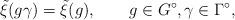
LaTeX: \begin{align*}\tilde{\xi}(g\gamma)=\tilde{\xi}(g),\qquad g\in G^\circ, \gamma\in\Gamma^\circ,\end{align*}